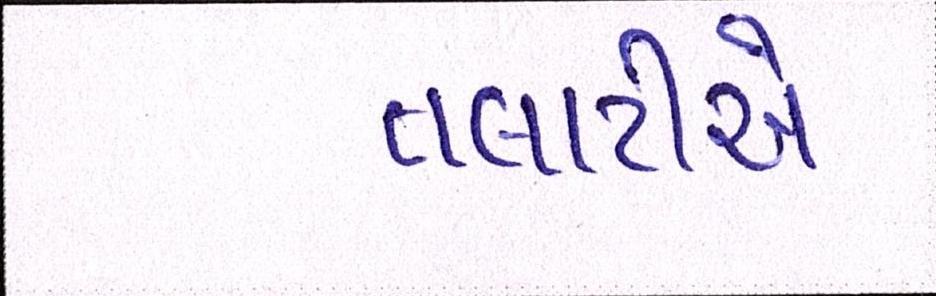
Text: તલાટીએ